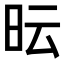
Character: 𭥓